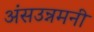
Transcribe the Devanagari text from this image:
अंसउन्नमनी